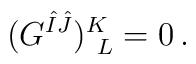
(G^{\hat{I}\hat{J}})^K_{~L}=0\,.